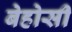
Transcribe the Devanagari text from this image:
बेहोसी